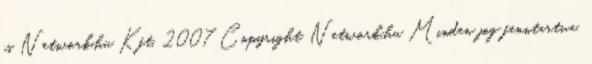
is Network.hu Kft. 2007 Copyright Network.hu Minden jog fenntartva.